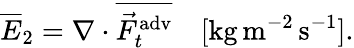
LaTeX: \overline{{E}}_{2}=\nabla\cdot\overline{{\vec{F}_{t}^{\mathrm{adv}}}}\quad[\mathrm{kg}\, \mathrm{m}^{-2}\, \mathrm{s}^{-1}].